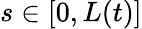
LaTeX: s\in[0,L(t)]